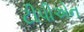
ટીપીએન